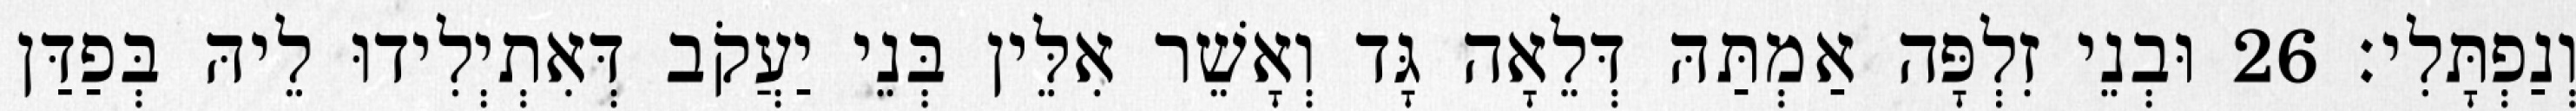
וְנַפְתָּלִי׃ 26 וּבְנֵי זִלְפָּה אַמְתַּהּ דְּלֵאָה גָּד וְאָשֵׁר אִלֵּין בְּנֵי יַעֲקֹב דְּאִתְיְלִידוּ לֵיהּ בְּפַדַּן